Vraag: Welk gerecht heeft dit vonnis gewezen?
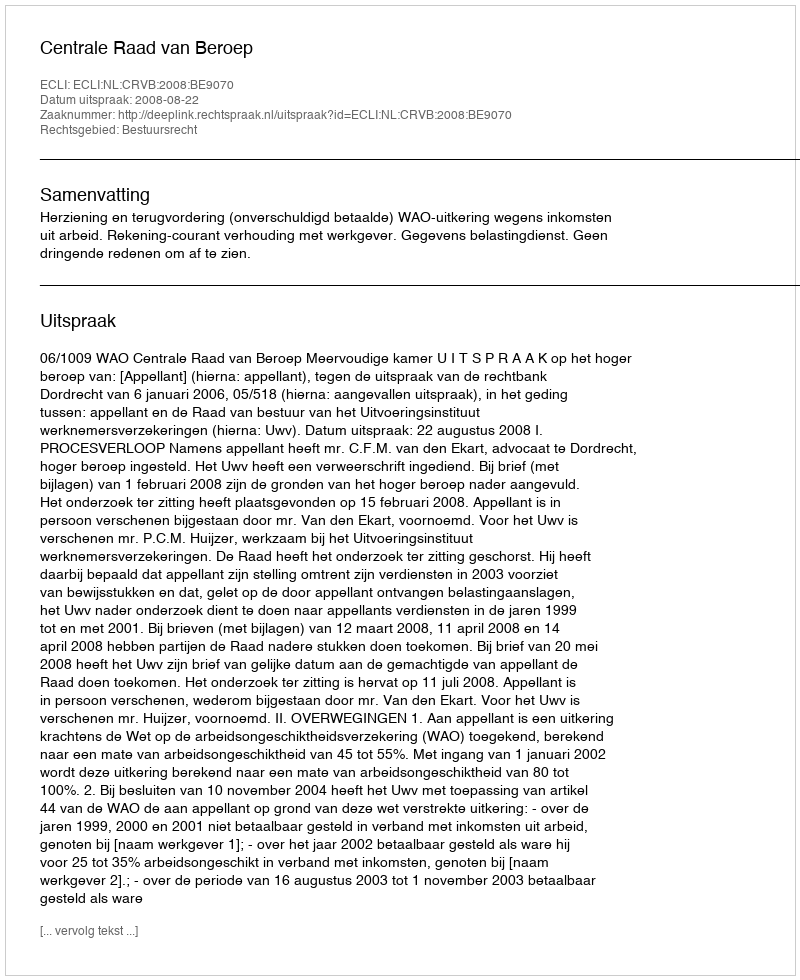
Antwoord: Centrale Raad van Beroep